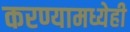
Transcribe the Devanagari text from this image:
करण्यामध्येही